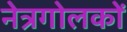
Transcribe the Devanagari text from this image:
नेत्रगोलकों